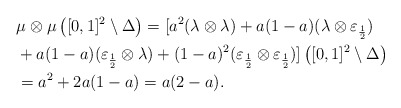
\begin{align*}&\mu\otimes\mu\left([0,1]^2\setminus \Delta\right)=[a^2(\lambda\otimes\lambda)+a(1-a)(\lambda\otimes \varepsilon_{\frac{1}{2}})\\&+a(1-a)(\varepsilon_{\frac{1}{2}}\otimes\lambda)+(1-a)^2 (\varepsilon_{\frac{1}{2}}\otimes \varepsilon_{\frac{1}{2}})]\left([0,1]^2\setminus \Delta\right)\\&=a^2+2a(1-a)=a(2-a).\end{align*}